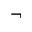
\neg